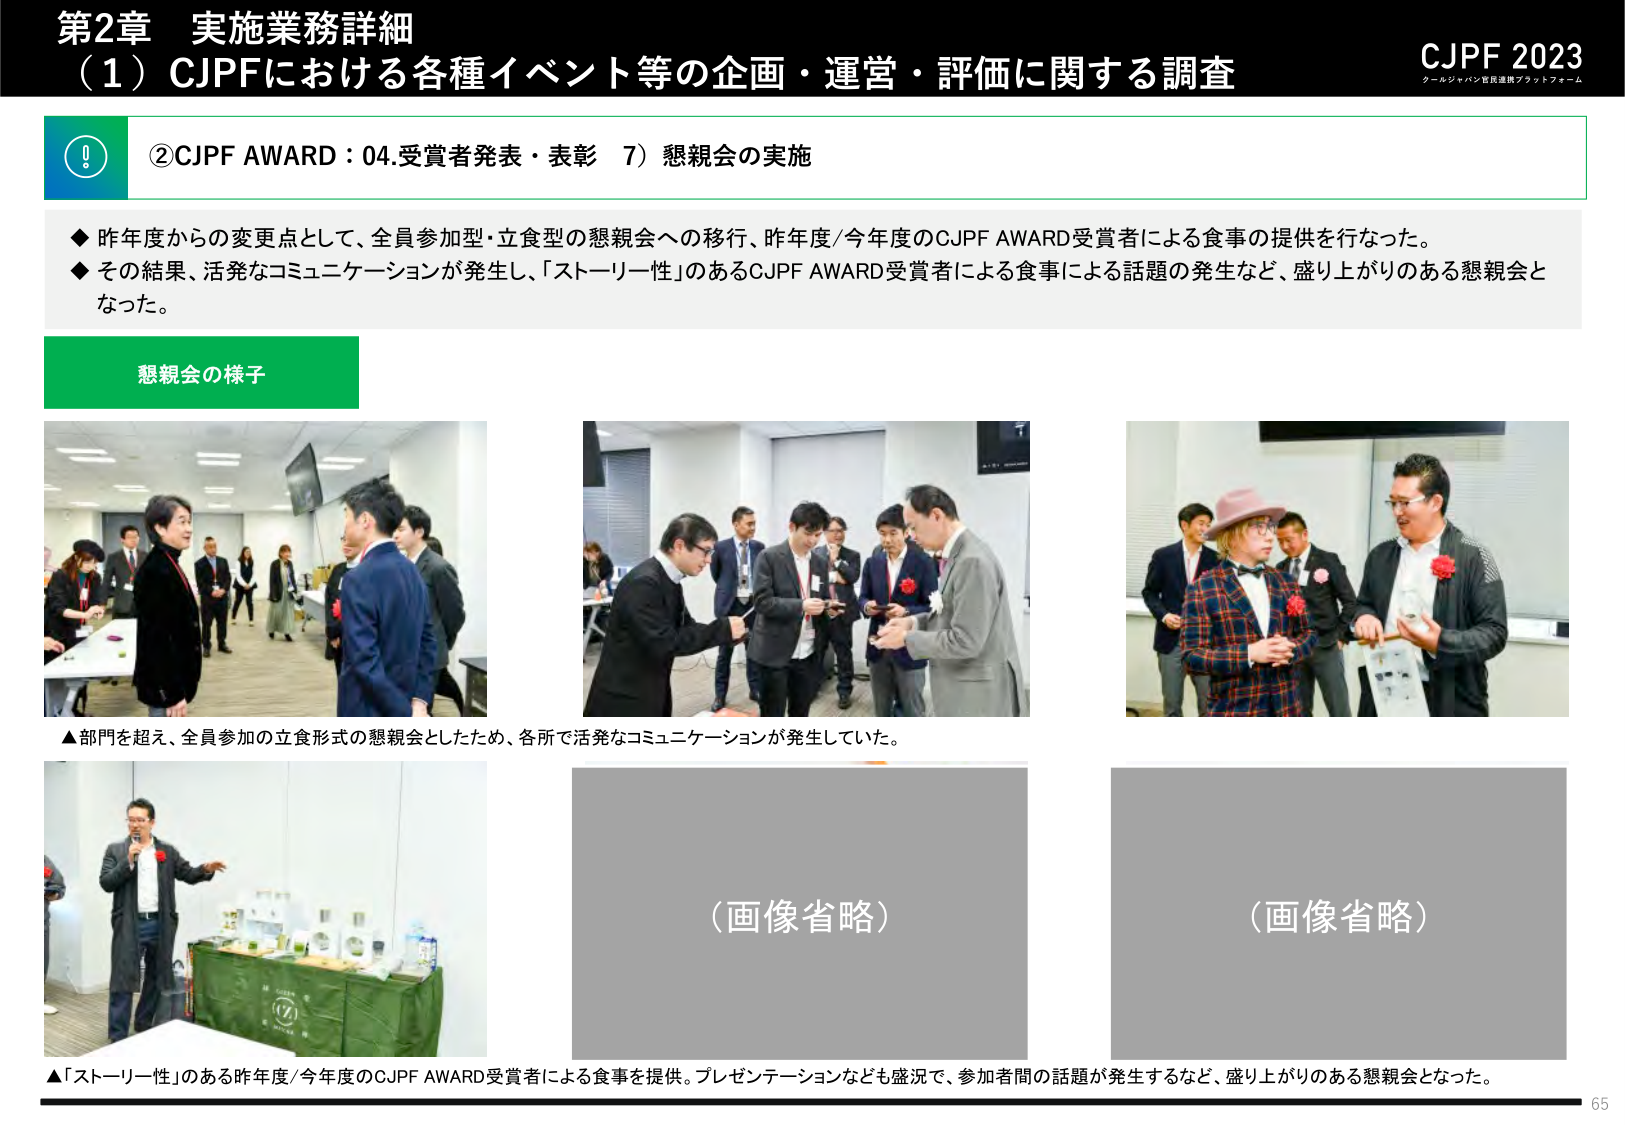
第2章 実施業務詳細
（1）CJPFにおける各種イベント等の企画・運営・評価に関する調査

CJPF 2023
クールジャパン官民連携プラットフォーム

②CJPF AWARD：04.受賞者発表・表彰 7）懇親会の実施

◆ 昨年度からの変更点として、全員参加型・立食型の懇親会への移行、昨年度/今年度のCJPF AWARD受賞者による食事の提供を行なった。
◆ その結果、活発なコミュニケーションが発生し、「ストーリー性」のあるCJPF AWARD受賞者による食事による話題の発生など、盛り上がりのある懇親会となった。

懇親会の様子

▲部門を超え、全員参加の立食形式の懇親会としたため、各所で活発なコミュニケーションが発生していた。

（画像省略）
（画像省略）

▲「ストーリー性」のある昨年度/今年度のCJPF AWARD受賞者による食事を提供。プレゼンテーションなども盛況で、参加者間の話題が発生するなど、盛り上がりのある懇親会となった。

65